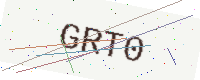
Text: GRT0